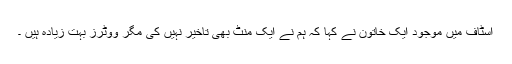
اسٹاف میں موجود ایک خاتون نے کہا کہ ہم نے ایک منٹ بھی تاخیر نہیں کی مگر ووٹرز بہت زیادہ ہیں ۔